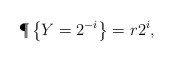
\begin{align*}\P\left\{ Y = 2^{-i} \right\} = r 2^i,\end{align*}